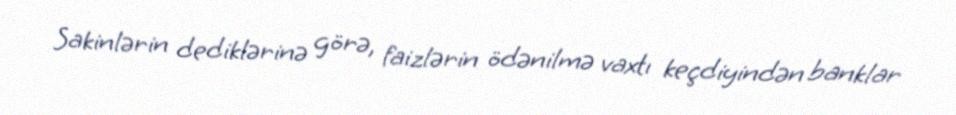
Sakinlərin dediklərinə görə, faizlərin ödənilmə vaxtı keçdiyindən banklar